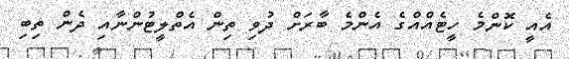
އެއީ ކޮންމެ ހީޓެއްއްގެ އެންމެ ބާރަށް ދުވި ތިން އެތްލީޓުންނާއި ދެން ތިބި